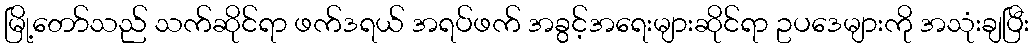
မြို့တော်သည် သက်ဆိုင်ရာ ဖက်ဒရယ် အရပ်ဖက် အခွင့်အရေးများဆိုင်ရာ ဥပဒေများကို အသုံးချပြီး